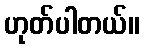
ဟုတ်ပါတယ်။